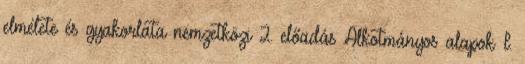
elmélete és gyakorlata nemzetközi 2. előadás Alkotmányos alapok I.